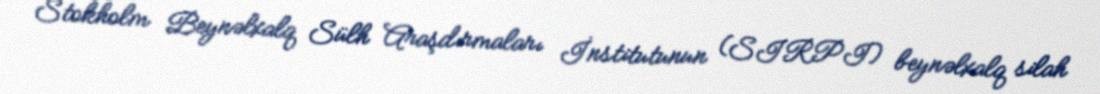
Stokholm Beynəlxalq Sülh Araşdırmaları İnstitutunun (SIRPI) beynəlxalq silah